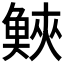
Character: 𩾉